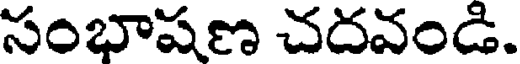
సంభాషణ చదవండి.